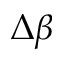
\Delta \beta